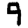
Digit: 9